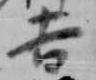
吉